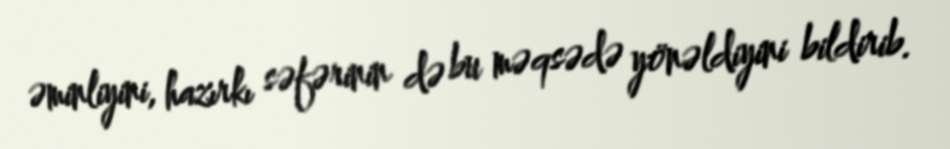
əminliyini, hazırkı səfərinin də bu məqsədə yönəldiyini bildirib.